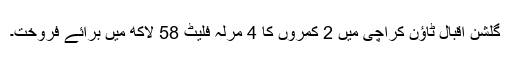
گلشنِ اقبال ٹاؤن کراچی میں 2 کمروں کا 4 مرلہ فلیٹ 58 لاکھ میں برائے فروخت۔